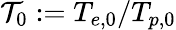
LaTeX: \mathcal{T}_{0}:=T_{e,0}/T_{p,0}